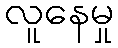
လူနေမှု